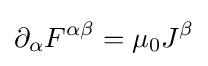
\partial _{\alpha }F^{\alpha \beta }=\mu _{0}J^{\beta }